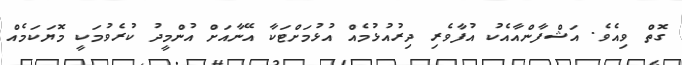
ގޮތް ވިއެވެ. އަޝްފާންއާއެކު އުފާވެރި ދިރުއުޅުމެއް އުޅުމަށްޓަކާ އޭނާއަށް އުންމީދު ކުރެވުމަކީ މޮޔަކަމެއް